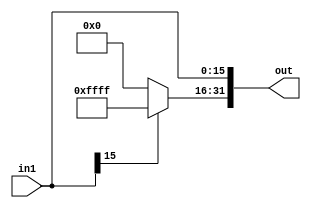
module signExt(in1,out);
	input[15:0] in1;
	output[31:0] out;
	wire[15:0] temp;

	assign temp=in1[15]==0?16'h0000:16'hffff;
	assign out ={temp[15:0],in1[15:0]} ;


endmodule